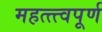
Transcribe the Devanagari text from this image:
महत्त्त्वपूर्ण